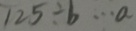
1 2 5 \div b \cdots a